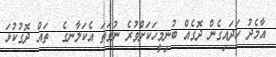
އާމެދު ހަދައިގެން ދޮގެއް ބުނިމީހަކަށްވުރެ ނުވަތަ އެކަލާނގެ  ތައް ދޮގުކުޅަ